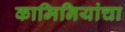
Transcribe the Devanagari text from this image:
कामिनियांचा